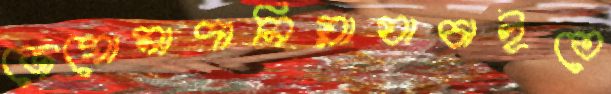
জেগোমাদানিয়াযাচাইতে